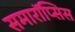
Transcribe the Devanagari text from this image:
समारॉप्सिस